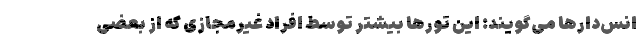
انس‌دارها می‌گویند: این تورها بیشتر توسط افراد غیرمجازی که از بعضی